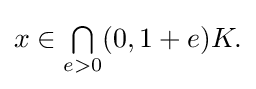
{\textstyle x\in {\textstyle \bigcap \limits _{e>0}}(0,1+e)K.}